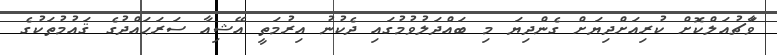
ވަާޗުއަލްކޮށް ކުރިއަށްދިޔަށް ގެންދިޔަ މި ބައްދަލުވުމުގައި ދެކުނު އިރުމަތީ އޭޝިއާ ސަރަޙައްދުގެ ޤައުމުތަކުގެ